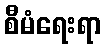
စီမံရေးရာ